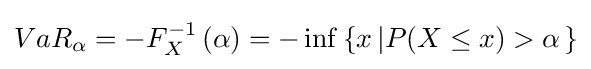
Va{R_{\alpha }}=-F_{X}^{-1}\left(\alpha \right)=-\inf \left\{{x\left|P{\left({X\leq x}\right)>\alpha }\right.}\right\}